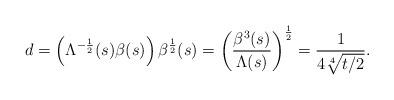
LaTeX: \begin{align*}d=\left( \Lambda^{-\frac{1}{2}}(s)\beta(s)\right) \beta^{\frac{1}{2}}(s)=\left( \frac{\beta^{3}(s)}{\Lambda(s)}\right) ^{\frac{1}{2}}=\frac{1}{4\sqrt[4]{t/2}}.\end{align*}